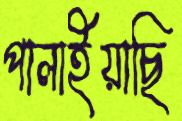
পালাইয়াছি